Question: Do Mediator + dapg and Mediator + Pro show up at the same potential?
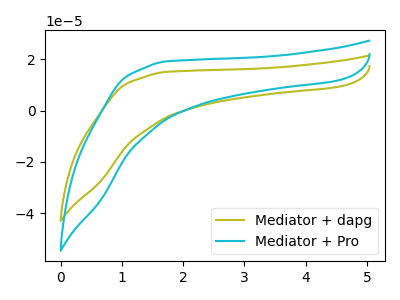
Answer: <think>The olive curve "Mediator + dapg" has no peaks. The cyan curve "Mediator + Pro" has no peaks.
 Neither "Mediator + dapg" or "Mediator + Pro" have any peaks.</think>
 <answer>"Mediator + dapg" and "Mediator + Pro" are similar in shape.</answer>
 <eval>same_shape</eval>